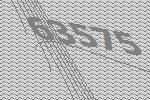
63575